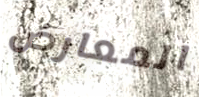
المعارض